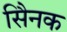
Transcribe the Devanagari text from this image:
सैिनक